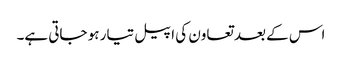
اس کے بعد تعاون کی اپیل تیار ہو جاتی ہے۔